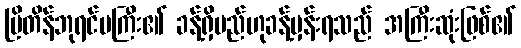
ဗြိတိန်ဘုရင်မကြီး၏ ခန့်ရှိမည်ဟုခန့်မှန်းရသည် အကြီးဆုံးဖြစ်၏